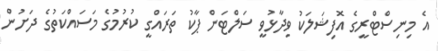
އެ މިނިސްޓްރީގެ އޮފިޝަލަކު ވިދާޅުވީ ސަލްޓަން ޕާކު ތަރައްގީ ކުރުމުގެ މަސައްކަތުގެ ދަށުން